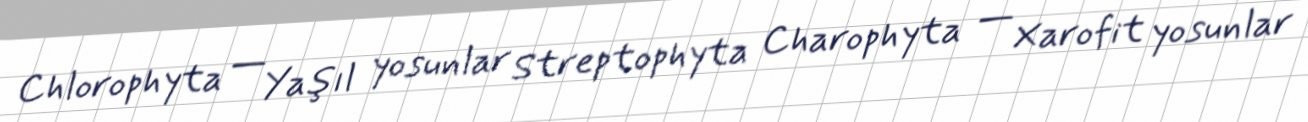
Chlorophyta — Yaşıl yosunlar Streptophyta Charophyta — Xarofit yosunlar